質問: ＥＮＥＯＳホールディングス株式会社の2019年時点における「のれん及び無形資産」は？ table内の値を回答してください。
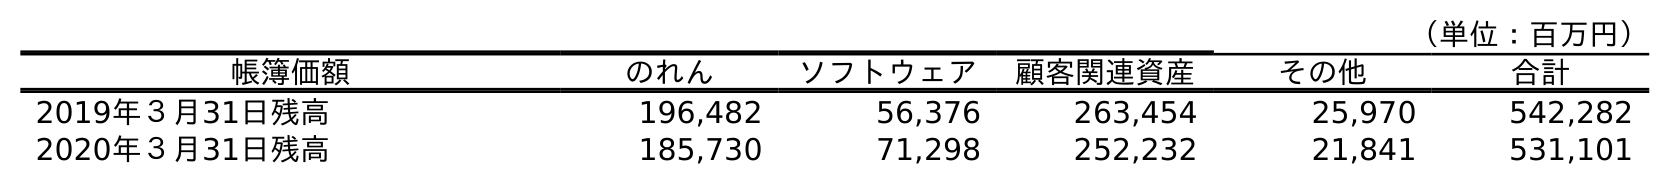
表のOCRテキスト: （単位：百万円） 帳簿価額 のれん ソフトウェア 顧客関連資産 その他 合計 2019年３月31日残高 196,482 56,376 263,454 25,970 542,282 2020年３月31日残高 185,730 71,298 252,232 21,841 531,101
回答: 542,282